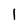
Character: 1